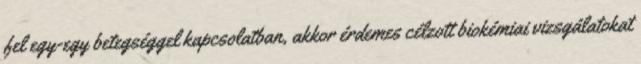
fel egy-egy betegséggel kapcsolatban, akkor érdemes célzott biokémiai vizsgálatokat